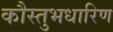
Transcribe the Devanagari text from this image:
कौस्तुभधारिण